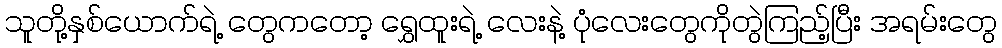
သူတို့နှစ်ယောက်ရဲ့ တွေကတော့ ရွှေထူးရဲ့ လေးနဲ့ ပုံလေးတွေကိုတွဲကြည့်ပြီး အရမ်းတွေ